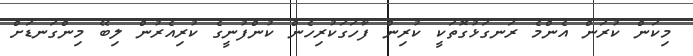
މިކަން ކުރަން އެންމެ ރަނގަޅުގޮތަކީ ކުރިން ފާހަގަކުރިހެން ކުންފުނީގެ ކުރިއެރުން ލިބޭ މިންގަނޑަށް